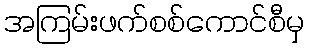
အကြမ်းဖက်စစ်ကောင်စီမှ